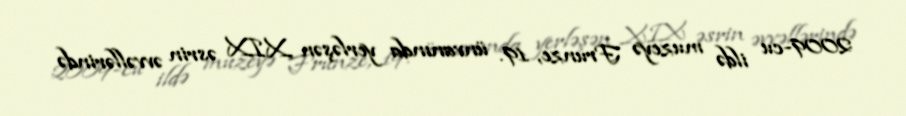
2009-cu ildə muzeyə Frunze, 19. ünvanında yerləşən XIX əsrin əvvəllərində